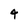
Character: 4